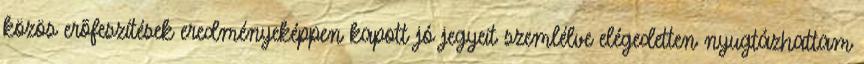
közös erõfeszítések eredményeképpen kapott jó jegyeit szemlélve elégedetten nyugtázhattam